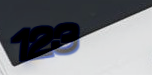
123